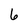
Character: 6